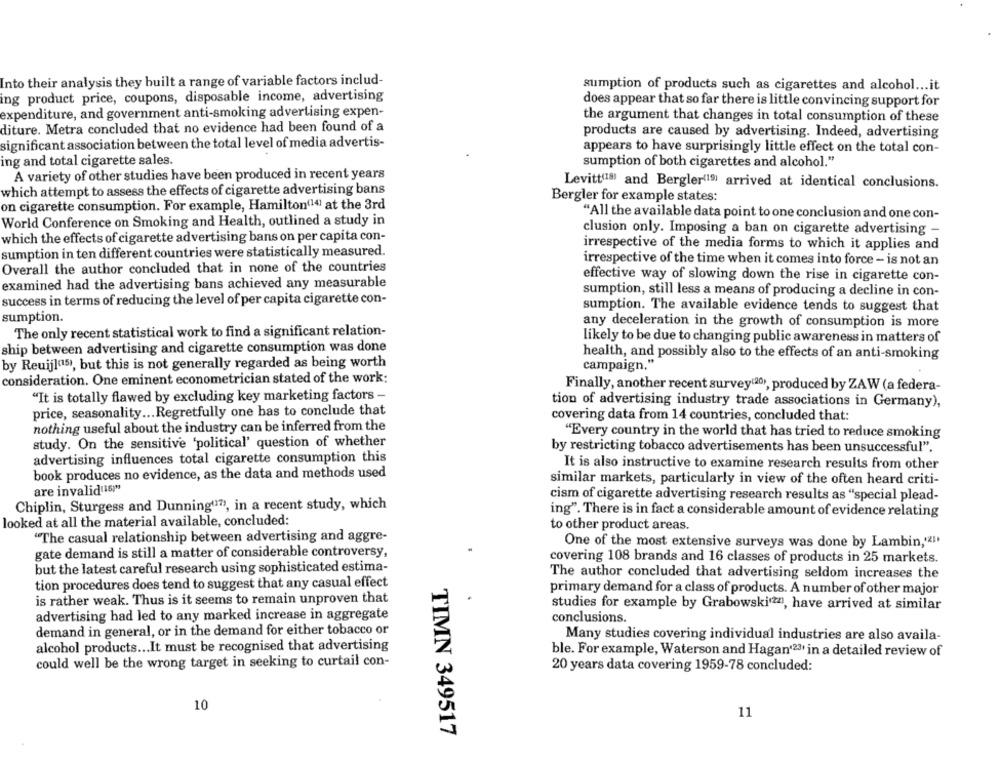
Into their analysis they built a range of variable factors includ-
sumption of products such as cigarettes and alcohol ... it
ing product price, coupons, disposable income, advertising
does appear that so far there is little convincing support for
expenditure, and government anti-smoking advertising expen-
the argument that changes in total consumption of these
diture. Metra concluded that no evidence had been found of a
products are caused by advertising. Indeed, advertising
significant association between the total level of media advertis-
appears to have surprisingly little effect on the total con-
ing and total cigarette sales.
sumption of both cigarettes and alcohol."
A variety of other studies have been produced in recent years
which attempt to assess the effects of cigarette advertising bans
Levitt(19) and Bergler(19) arrived at identical conclusions.
Bergler for example states:
on cigarette consumption. For example, Hamilton(14) at the 3rd
"All the available data point to one conclusion and one con-
World Conference on Smoking and Health, outlined a study in
which the effects of cigarette advertising bans on per capita con-
clusion only. Imposing a ban on cigarette advertising -
sumption in ten different countries were statistically measured.
irrespective of the media forms to which it applies and
irrespective of the time when it comes into force - is not an
Overall the author concluded that in none of the countries
effective way of slowing down the rise in cigarette con-
examined had the advertising bans achieved any measurable
sumption, still less a means of producing a decline in con-
success in terms of reducing the level of per capita cigarette con-
sumption. The available evidence tends to suggest that
sumption.
any deceleration in the growth of consumption is more
The only recent statistical work to find a significant relation-
likely to be due to changing public awareness in matters of
ship between advertising and cigarette consumption was done
health, and possibly also to the effects of an anti-smoking
by Reuijla15), but this is not generally regarded as being worth
campaign.""
consideration. One eminent econometrician stated of the work:
Finally, another recent survey(20), produced by ZAW (a federa-
"It is totally flawed by excluding key marketing factors -
tion of advertising industry trade associations in Germany),
price, seasonality ... Regretfully one has to conclude that
covering data from 14 countries, concluded that:
nothing useful about the industry can be inferred from the
"Every country in the world that has tried to reduce smoking
study. On the sensitive 'political' question of whether
by restricting tobacco advertisements has been unsuccessful".
advertising influences total cigarette consumption this
It is also instructive to examine research results from other
book produces no evidence, as the data and methods used
similar markets, particularly in view of the often heard criti-
are invalid(16!"
cism of cigarette advertising research results as "special plead-
Chiplin, Sturgess and Dunning"?), in a recent study, which
ing". There is in fact a considerable amount of evidence relating
looked at all the material available, concluded:
to other product areas.
"The casual relationship between advertising and aggre-
One of the most extensive surveys was done by Lambin,'21'
gate demand is still a matter of considerable controversy,
covering 108 brands and 16 classes of products in 25 markets.
but the latest careful research using sophisticated estima-
The author concluded that advertising seldom increases the
tion procedures does tend to suggest that any casual effect
primary demand for a class of products. A number of other major
is rather weak. Thus is it seems to remain unproven that
studies for example by Grabowski24, have arrived at similar
advertising had led to any marked increase in aggregate
conclusions.
demand in general, or in the demand for either tobacco or
Many studies covering individual industries are also availa-
alcohol products ... It must be recognised that advertising
ble. For example, Waterson and Hagan'23' in a detailed review of
could well be the wrong target in seeking to curtail con-
20 years data covering 1959-78 concluded:
10
11
TIMN 349517